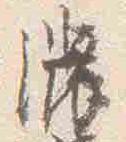
濃